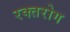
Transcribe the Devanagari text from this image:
रक्तरोग